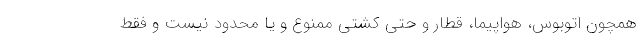
همچون اتوبوس، هواپیما، قطار و حتی کشتی ممنوع و یا محدود نیست و فقط